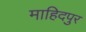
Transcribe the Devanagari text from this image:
माहिदपुर